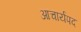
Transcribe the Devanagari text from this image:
आचार्यपद